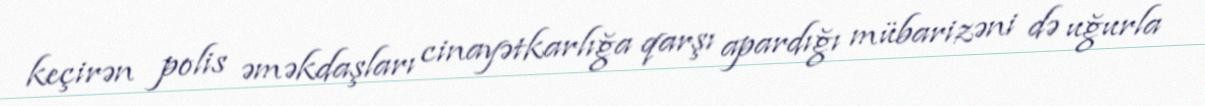
keçirən polis əməkdaşları cinayətkarlığa qarşı apardığı mübarizəni də uğurla